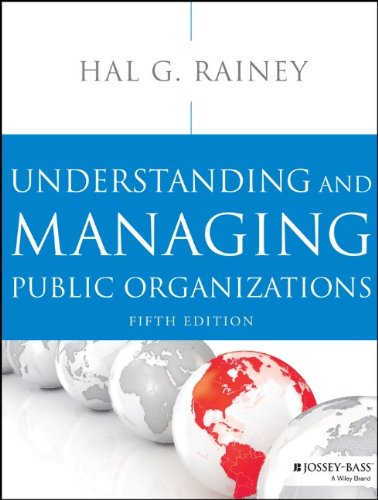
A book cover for Understanding and Managing Public Organizations, 5th Edition; Hal G. Rainey; Business & Money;